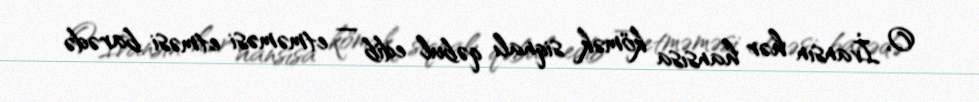
O, İvansın hər hansısa kömək siqnalı qəbul edib — etməməsi etməsi barədə